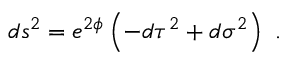
d s ^ { 2 } = e ^ { 2 \phi } \left( - d \tau ^ { 2 } + d \sigma ^ { 2 } \right) \ .